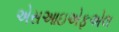
એસઆઇએફએલ